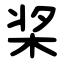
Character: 桨